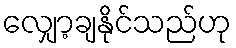
လျှော့ချနိုင်သည်ဟု